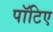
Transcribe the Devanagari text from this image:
पॉटिए